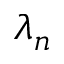
\lambda _ { n }